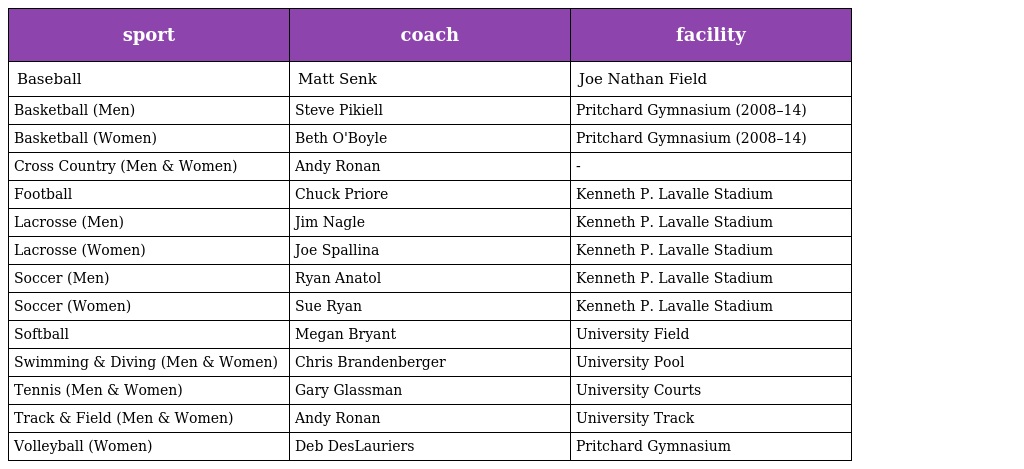
| sport | coach | facility |
 | --- | --- | --- |
 | Baseball | Matt Senk | Joe Nathan Field |
 | Basketball (Men) | Steve Pikiell | Pritchard Gymnasium (2008–14) |
 | Basketball (Women) | Beth O'Boyle | Pritchard Gymnasium (2008–14) |
 | Cross Country (Men & Women) | Andy Ronan | - |
 | Football | Chuck Priore | Kenneth P. Lavalle Stadium |
 | Lacrosse (Men) | Jim Nagle | Kenneth P. Lavalle Stadium |
 | Lacrosse (Women) | Joe Spallina | Kenneth P. Lavalle Stadium |
 | Soccer (Men) | Ryan Anatol | Kenneth P. Lavalle Stadium |
 | Soccer (Women) | Sue Ryan | Kenneth P. Lavalle Stadium |
 | Softball | Megan Bryant | University Field |
 | Swimming & Diving (Men & Women) | Chris Brandenberger | University Pool |
 | Tennis (Men & Women) | Gary Glassman | University Courts |
 | Track & Field (Men & Women) | Andy Ronan | University Track |
 | Volleyball (Women) | Deb DesLauriers | Pritchard Gymnasium |